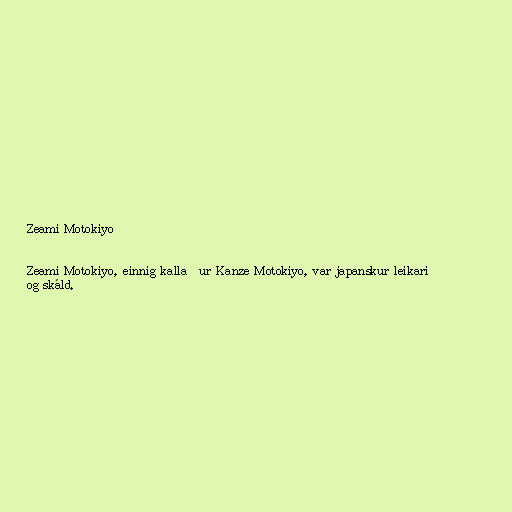
Zeami Motokiyo

Zeami Motokiyo, einnig kallaður Kanze Motokiyo, var japanskur leikari
og skáld.